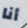
أنا